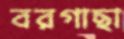
বরগাছা